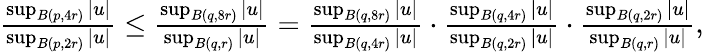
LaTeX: \begin{array}{r}{\frac{\operatorname*{sup}_{B(p,4r)}|u|}{\operatorname*{sup}_{B(p,2r)}|u|}\leq\frac{\operatorname*{sup}_{B(q,8r)}|u|}{\operatorname*{sup}_{B(q,r)}|u|}=\frac{\operatorname*{sup}_{B(q,8r)}|u|}{\operatorname*{sup}_{B(q,4r)}|u|}\cdot\frac{\operatorname*{sup}_{B(q,4r)}|u|}{\operatorname*{sup}_{B(q,2r)}|u|}\cdot\frac{\operatorname*{sup}_{B(q,2r)}|u|}{\operatorname*{sup}_{B(q,r)}|u|},}\end{array}